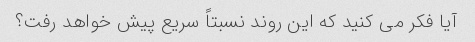
آیا فکر می کنید که این روند نسبتاً سریع پیش خواهد رفت؟